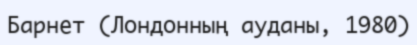
Барнет (Лондонның ауданы, 1980)